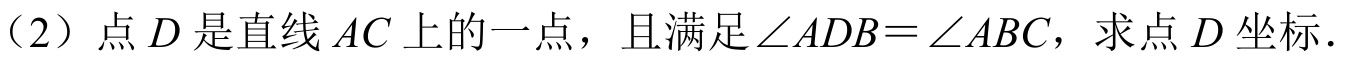
（2）点$D$是直线$AC$上的一点，且满足$\angle ADB=\angle ABC$，求点$D$坐标.